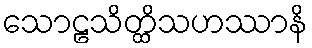
သောဠသိတ္ထိသဟဿာနိ